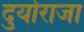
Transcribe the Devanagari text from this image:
दुर्योराजा